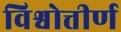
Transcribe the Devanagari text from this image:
विश्वोत्तीर्ण